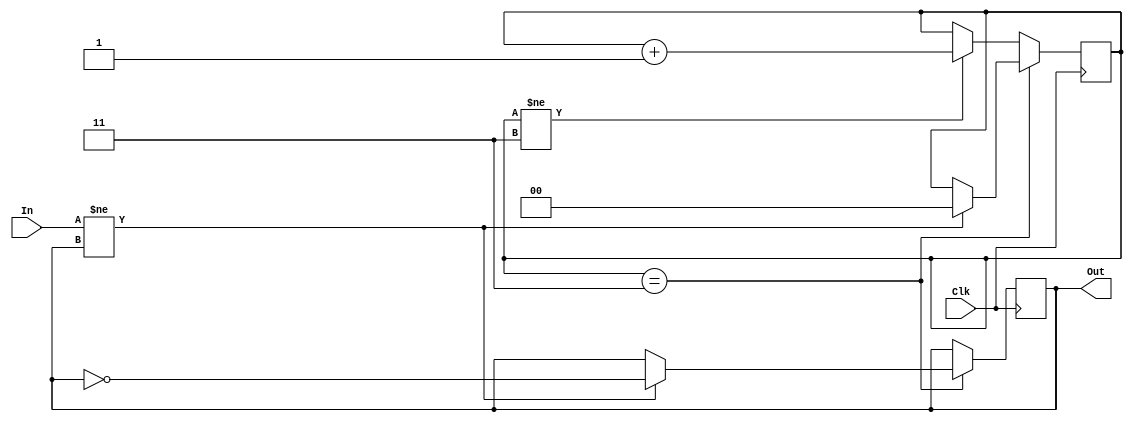
module debouncer2(Clk,In, Out);

	input Clk;
	input In;
	output reg Out;
	reg [1:0] Count;
	
	always @(posedge Clk)
	begin
		if (Count == 2'b11)
			begin
			if (In != Out)
				begin
					Out <= ~Out;
					Count <= 2'b00;
				end
			else
				begin
					Out <= Out;
					Count <= Count;
				end
			
			end
		else
			begin
				if (Count != 2'b11)
					Count <= Count + 2'b01;
				else
					Count <= Count;
			end
			
	end
	
endmodule